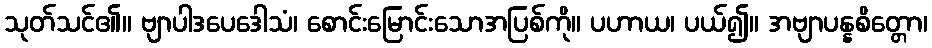
သုတ်သင်၏။ ဗျာပါဒပေဒေါသံ၊ စောင်းမြောင်းသောအပြစ်ကို။ ပဟာယ၊ ပယ်၍။ အဗျာပန္နစိတ္တော၊